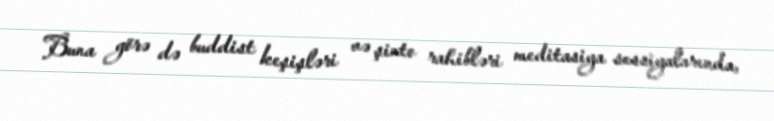
Buna görə də buddist keşişləri və şinto rahibləri meditasiya sessiyalarında,